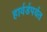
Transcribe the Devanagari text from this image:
हार्वर्डपर्यंत